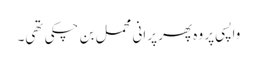
واپسی پر وہ پھر پرانی محمل بن چکی تھی۔